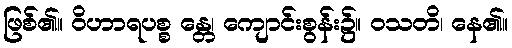
ဖြစ်၏။ ဝိဟာရပစ္စ န္တေ၊ ကျောင်းစွန်း၌။ ဝသတိ၊ နေ၏။